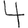
Digit: 4